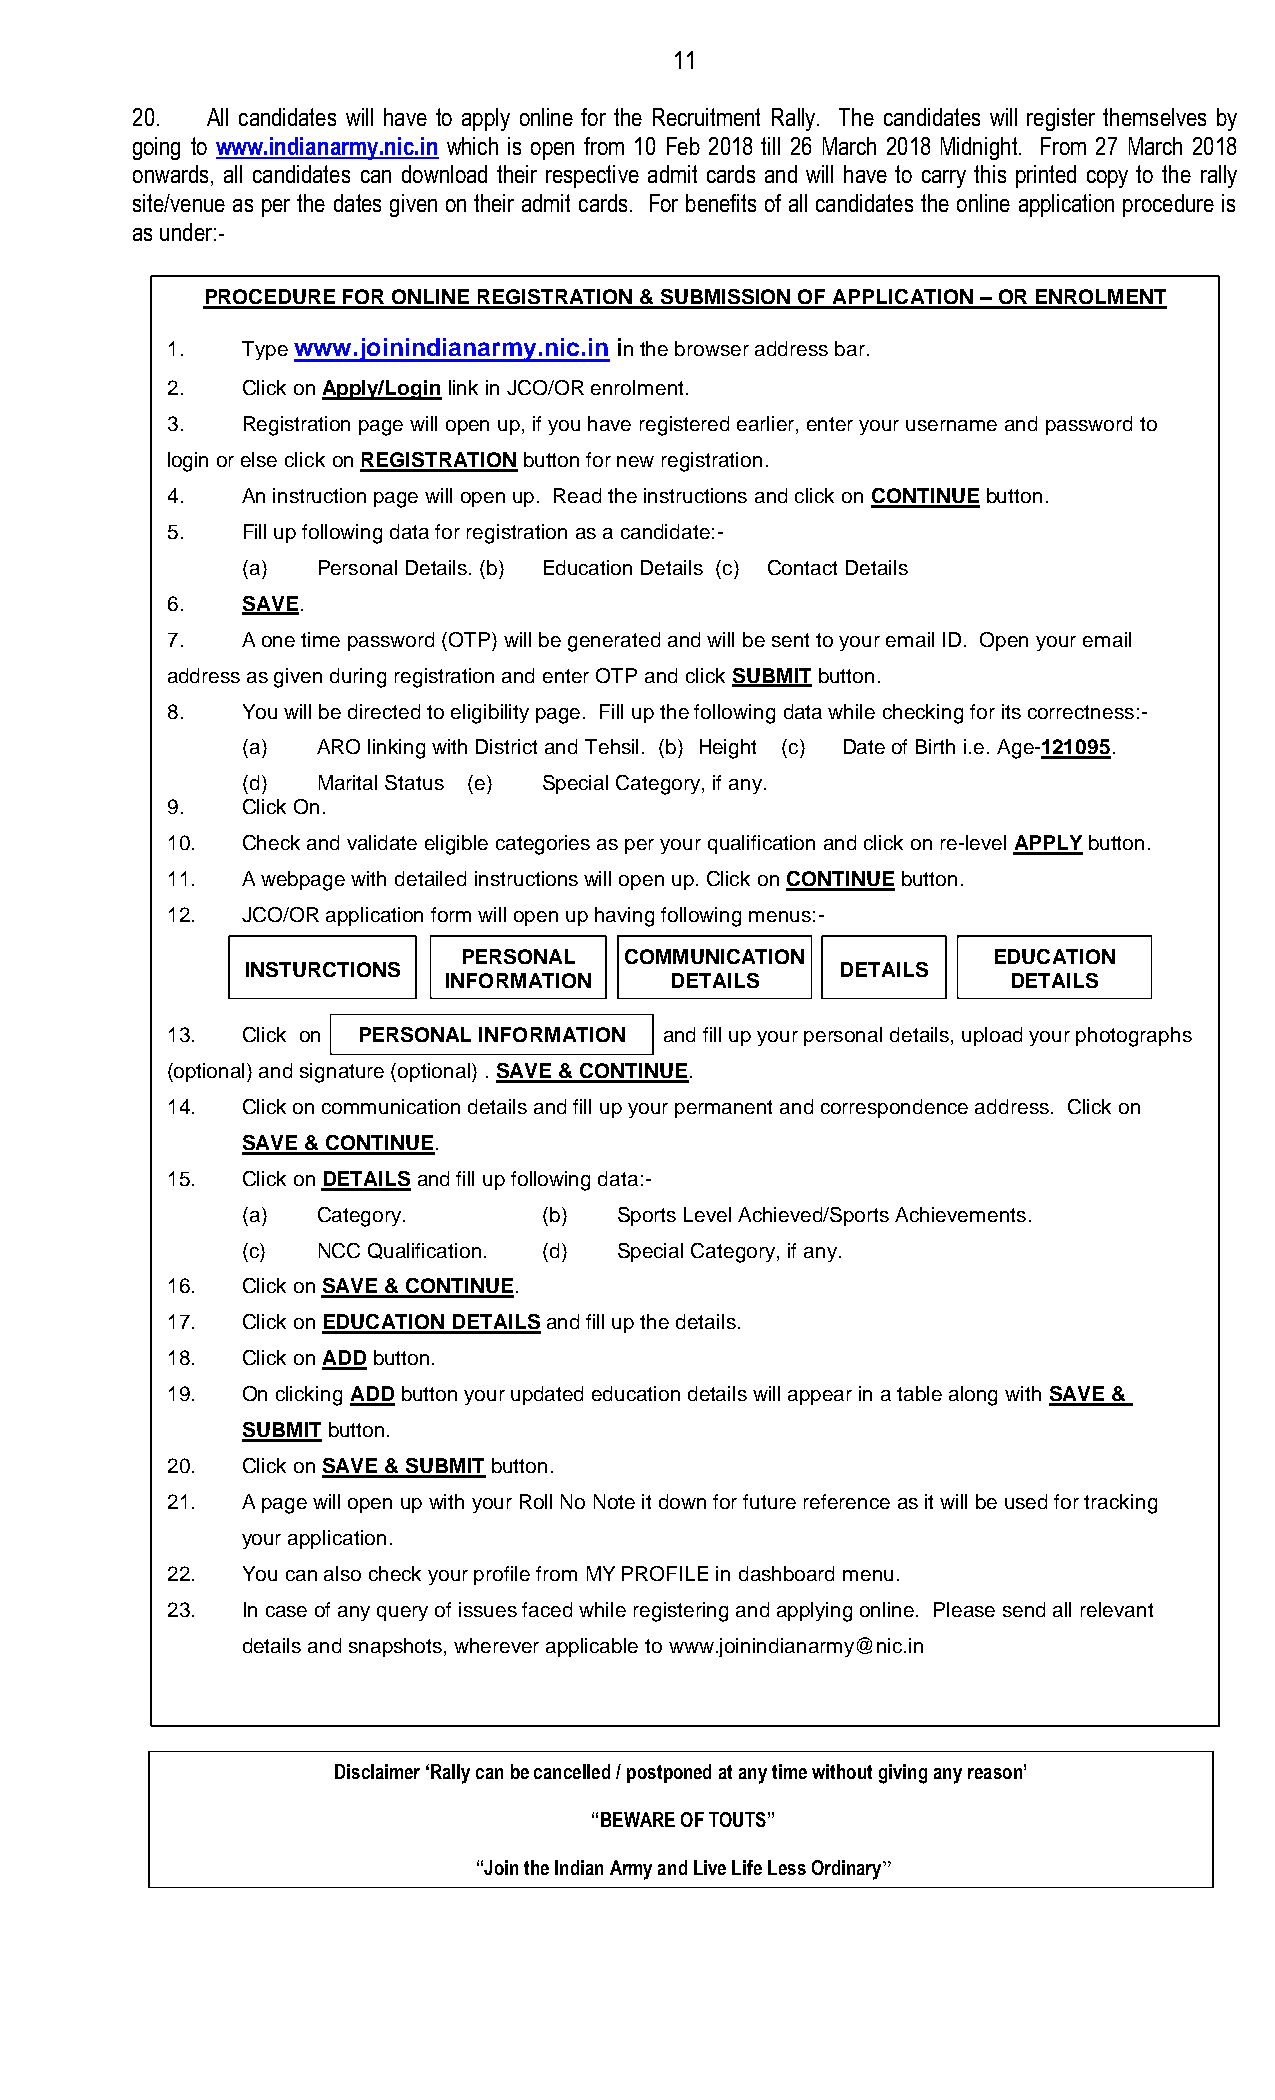
11
 20.  All candidates will have to apply online for the Recruitment Rally. The candidates will register themselves by
 going to www.indianarmy.nic.in which is open from 10 Feb 2018 till 26 March 2018 Midnight. From 27 March 2018
 onwards, all candidates can download their respective admit cards and will have to carry this printed copy to the rally
 site/venue as per the dates given on their admit cards. For benefits of all candidates the online application procedure is
 as under:-
 PROCEDURE FOR ONLINE REGISTRATION & SUBMISSION OF APPLICATION – OR ENROLMENT
 1.   Type www.joinindianarmy.nic.in in the browser address bar.
 2.   Click on Apply/Login link in JCO/OR enrolment.
 3.   Registration page will open up, if you have registered earlier, enter your username and password to
 login or else click on REGISTRATION button for new registration.
 4.   An instruction page will open up. Read the instructions and click on CONTINUE button.
 5.   Fill up following data for registration as a candidate:-
 (a)  Personal Details. (b) Education Details (c) Contact Details
 6.   SAVE.
 7.   A one time password (OTP) will be generated and will be sent to your email ID. Open your email
 address as given during registration and enter OTP and click SUBMIT button.
 8.   You will be directed to eligibility page. Fill up the following data while checking for its correctness:-
 (a)  ARO linking with District and Tehsil. (b) Height (c) Date of Birth i.e. Age-121095.
 (d)  Marital Status (e) Special Category, if any.
 9.   Click On.
 10.  Check and validate eligible categories as per your qualification and click on re-level APPLY button.
 11.  A webpage with detailed instructions will open up. Click on CONTINUE button.
 12.  JCO/OR application form will open up having following menus:-
 PERSONAL   COMMUNICATION            EDUCATION
 INSTURCTIONS                            DETAILS
 INFORMATION    DETAILS                DETAILS
 13.  Click on PER SONAL INFOR MATION and fill up your personal details, upload your photographs
 (optional) and signature (optional) . SAVE & CONTINUE.
 14.  Click on communication details and fill up your permanent and correspondence address. Click on
 SAVE & CONTINUE.
 15.  Click on DETAILS and fill up following data:-
 (a)  Category.      (b)  Sports Level Achieved/Sports Achievements.
 (c)  NCC Qualification. (d) Special Category, if any.
 16.  Click on SAVE & CONTINUE.
 17.  Click on EDUCATION DETAILS and fill up the details.
 18.  Click on ADD button.
 19.  On clicking ADD button your updated education details will appear in a table along with SAVE &
 SUBMIT button.
 20.  Click on SAVE & SUBMIT button.
 21.  A page will open up with your Roll No Note it down for future reference as it will be used for tracking
 your application.
 22.  You can also check your profile from MY PROFILE in dashboard menu.
 23.  In case of any query of issues faced while registering and applying online. Please send all relevant
 details and snapshots, wherever applicable to www.joinindianarmy@nic.in
 Disclaimer ‘Rally can be cancelled / postponed at any time without giving any reason’
 “BEWARE OF TOUTS”
 “Join the Indian Army and Live Life Less Ordinary”